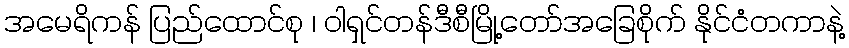
အမေရိကန် ပြည်ထောင်စု ၊ ဝါရှင်တန်ဒီစီမြို့တော်အခြေစိုက် နိုင်ငံတကာနဲ့